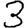
Digit: 3